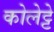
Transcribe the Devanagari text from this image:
कोलेट्टे